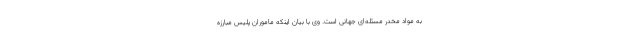
به مواد مخدر مسئله‌ای جهانی است. وی با بیان اینکه ماموران پلیس مبارزه